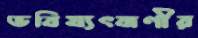
ভবিষ্যৎবাণীর